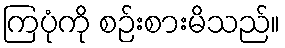
ကြပုံကို စဉ်းစားမိသည်။